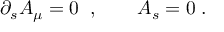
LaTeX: \partial _ { s } A _ { \mu } = 0 \; \; , \qquad A _ { s } = 0 \; .